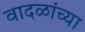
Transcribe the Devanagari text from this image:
वादळांच्या